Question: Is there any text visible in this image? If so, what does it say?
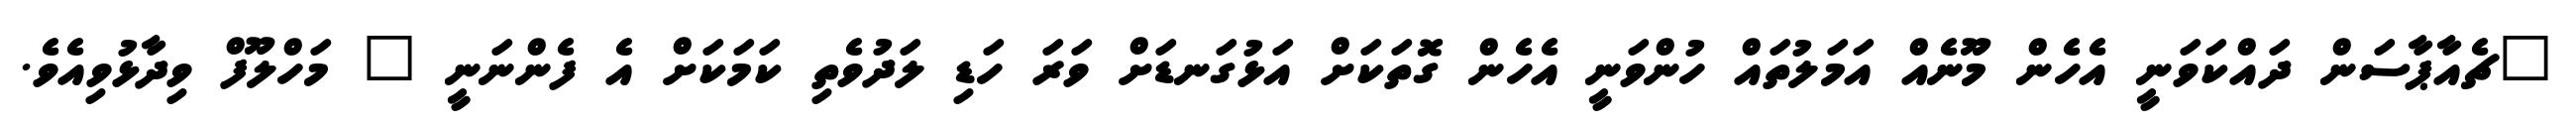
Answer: "ޗެއާޕާސަން ދައްކަވަނީ އެހެން މޫނެއް އަމަލުތައް ހުންވަނީ އެހެން ގޮތަކަށް އަޅުގަނޑަށް ވަރަ ހަޑި ލަދުވެތި ކަމަކަށް އެ ފެންނަނީ " މަހްލޫފް ވިދާޅުވިއެވެ.